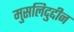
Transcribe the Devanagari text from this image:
मुसलिदुद्दीन